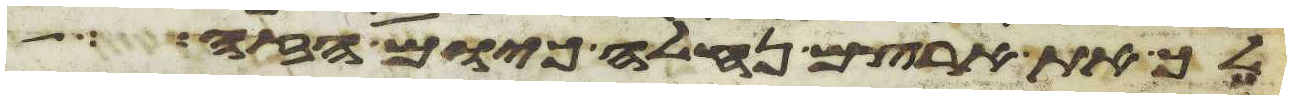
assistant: לך את ארצם נחלה כיום הזה